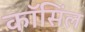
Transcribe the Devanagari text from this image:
कॉसिंल